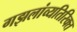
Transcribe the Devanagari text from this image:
गझलांव्यतिरिक्त